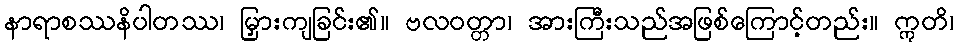
နာရာစဿနိပါတဿ၊ မြှားကျခြင်း၏။ ဗလဝတ္တာ၊ အားကြီးသည်အဖြစ်ကြောင့်တည်း။ ဣတိ၊